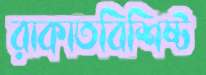
রাকাতবিশিষ্ট